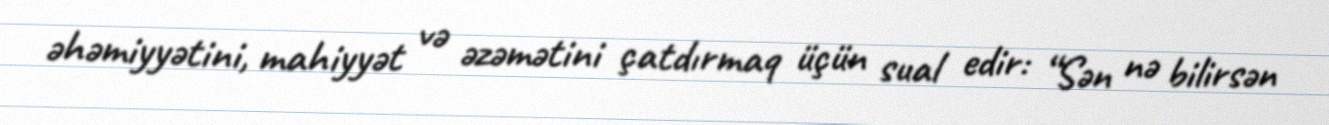
əhəmiyyətini, mahiyyət və əzəmətini çatdırmaq üçün sual edir: “Sən nə bilirsən